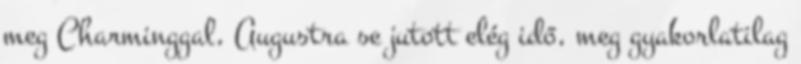
meg Charminggal, Augustra se jutott elég idő, meg gyakorlatilag